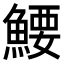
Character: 𬵜